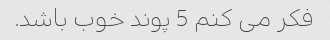
فکر می کنم 5 پوند خوب باشد.